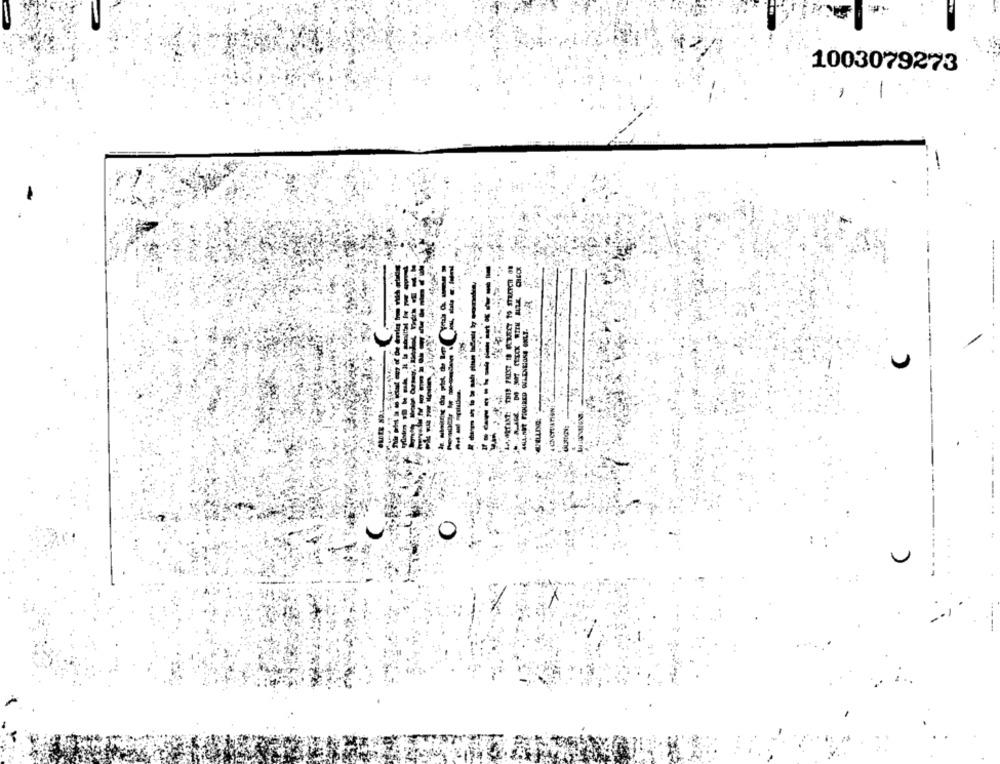
1003079273
« csertarien;
---------
0
U